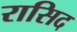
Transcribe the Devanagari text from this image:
रासिद